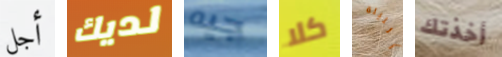
أجل لديك جيه كلا الليلة أخذتك